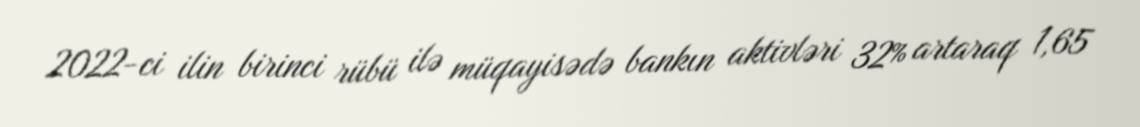
2022-ci ilin birinci rübü ilə müqayisədə bankın aktivləri 32% artaraq 1,65